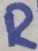
Text: R